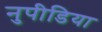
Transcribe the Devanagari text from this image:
नुपीडिया